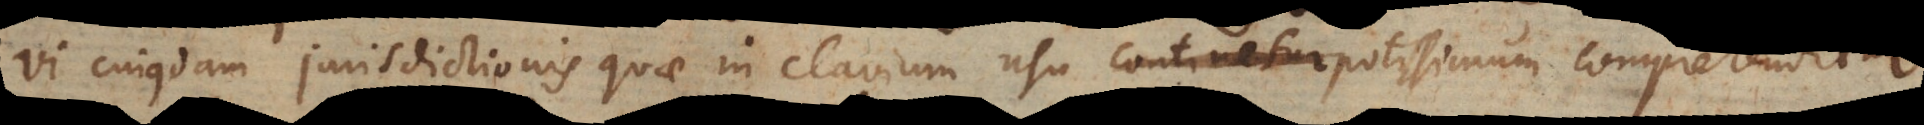
vi cujusdam jurisdictionis quae in clavium usu continetur. potissimum comprehenditur.